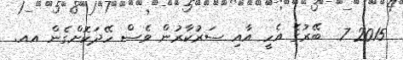
2015 7  ބޭރުގެ އެހީ އާއި ސަރުކާރުން ވެސް ހޭދަކޮށްގެން އއ.